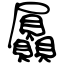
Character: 屭